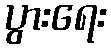
ပွားရေး